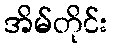
အိမ်တိုင်း